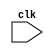
module execute_memory_access (clk);

input clk;
              
wire clk;
reg [31:0] instruction,pc_current,branchtarget,op2,aluresult1;
reg isst, isld, isbeq, Isbgt, isret, isimmediate, iswb, isubranch, iscall;
reg [4:0] alusignal;

                   always @(negedge clk)
                   begin
                   # 9.99
                   instruction   <= p.pr2.instruction;
                   pc_current    <= p.pr2.pc_current;
                   branchtarget  <= p.pr2.branchtarget;
                   op2           <= p.pr2.op2;
                   isst          <= p.pr2.isst;
                   isld          <= p.pr2.isld;
                   isbeq         <= p.pr2.isbeq;
                   isbgt         <= p.pr2.isbgt;
                   isret         <= p.pr2.isret;
                   isimmediate   <= p.pr2.isimmediate;
                   iswb          <= p.pr2.iswb;
                   isubranch     <= p.pr2.isubranch;
                   iscall        <= p.pr2.iscall;
                   alusignal     <= p.pr2.alusignal;
                   aluresult1    <= p.aluresult1;
                   end
                   
                   endmodule